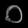
Digit: ၀